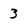
Character: 3